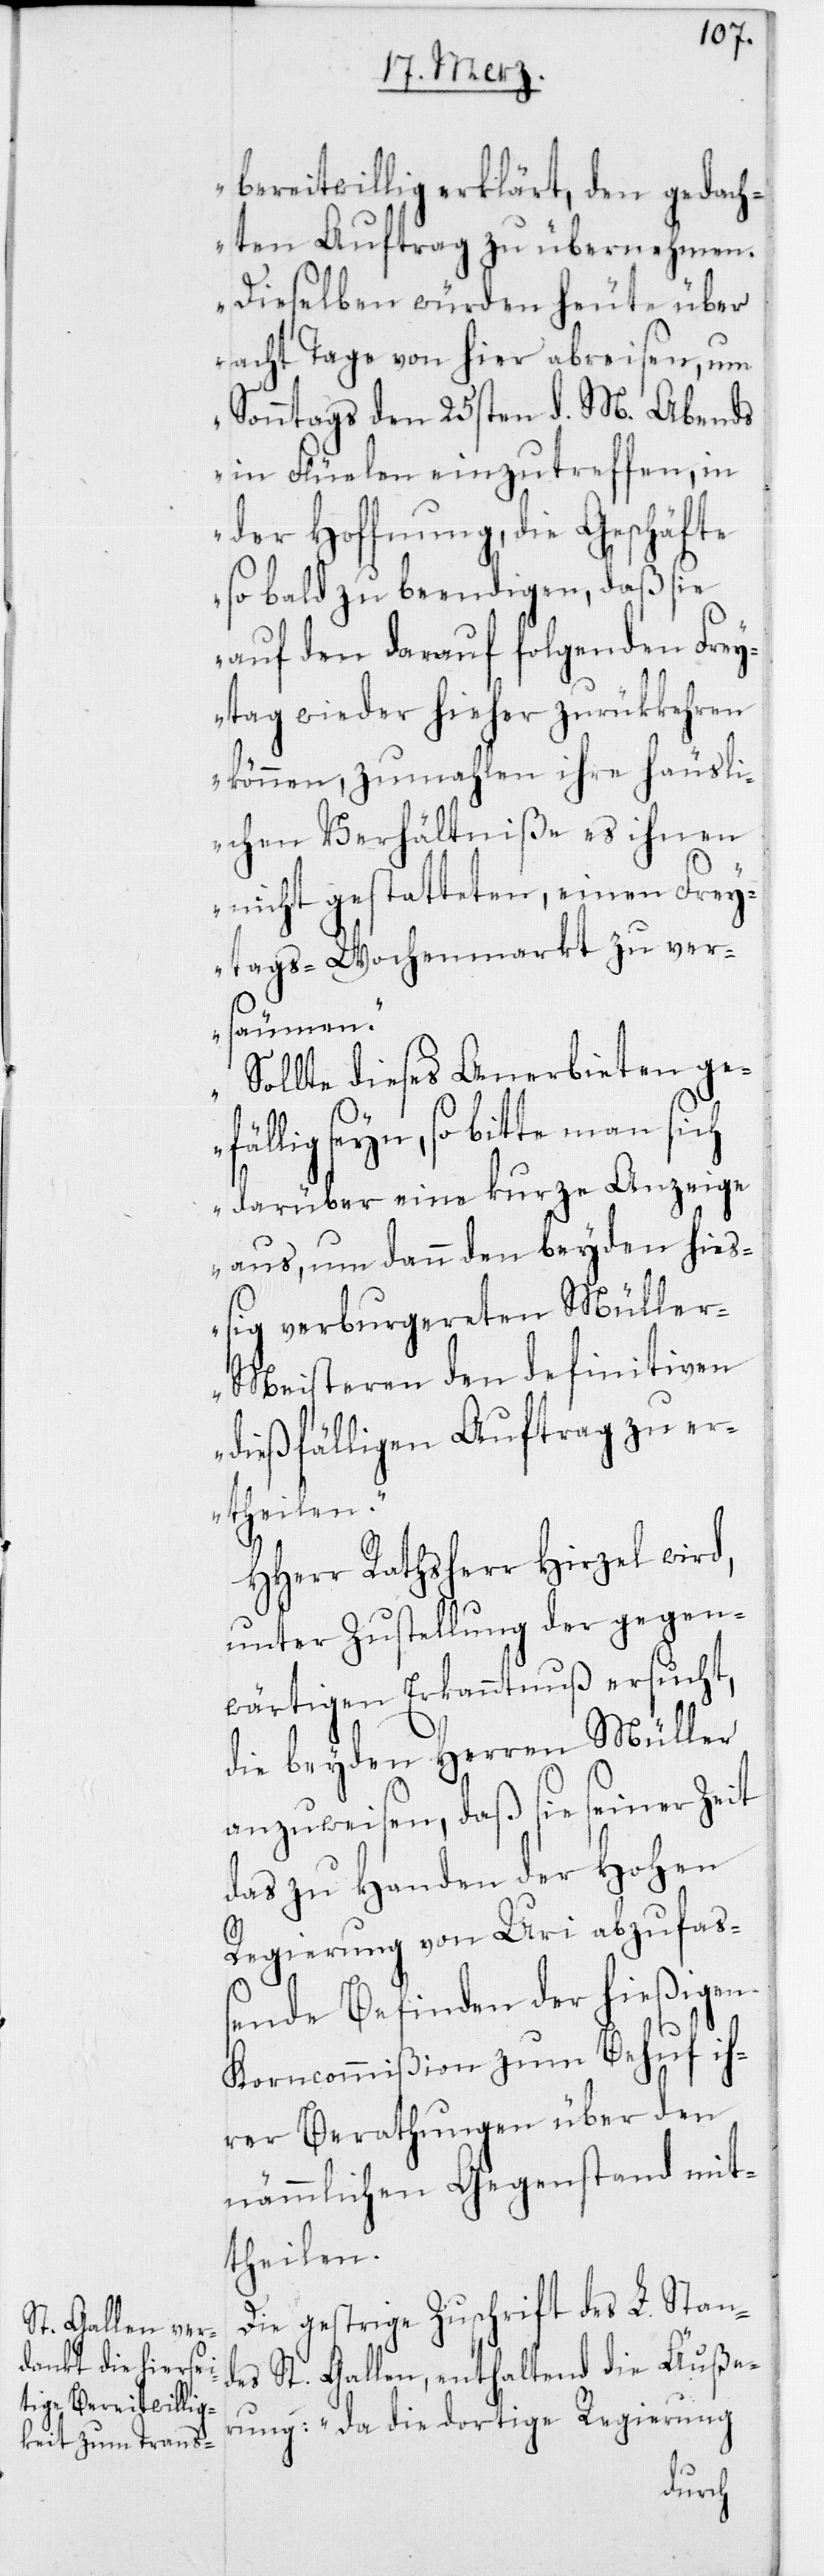
bereitwillig erklärt, den gedach¬
ten Auftrag zu übernehmen.
Dieselben würden heute über
acht Tage von hier abreisen, um
Sonntags den 25sten d. M. Abends
in Flüelen einzutreffen, in
der Hoffnung, die Geschäfte
so bald zu beendigen, daß sie
auf den darauf folgenden Frey¬
tag wieder hieher zurükkehren
können, zumahlen ihre häusli¬
chen Verhältniße es ihnen
nicht gestatteten, einen Frey¬
tags-Wochenmarkt zu ver¬
säumen.
Sollte dieses Anerbieten ge¬
fällig seyn, so bitte man sich
darüber eine kurze Anzeige
aus, um dann den beyden hie¬
ßig verburgerten Mülle¬
r-Meisteren den definitiven
dießfälligen Auftrag zu e¬
rtheilen.“
HHerr Rathsherr Hirzel wird,
unter Zustellung der gegen¬
wärtigen Erkanntnuß ersucht,
die beyden Herren Müller
anzuweisen, daß sie seiner Zeit
das zu Handen der Hohen
Regierung von Uri abzufaß¬
ende Befinden der hießigen
Korncommißion zum Behuf ih¬
rer Berathungen über den
nämmlichen Gegenstand mit¬
theilen.
Die gestrige Zuschrift des L. Stand¬
es St. Gallen, enthaltend die Äuße¬
rung: „Da die dortige Regierung